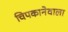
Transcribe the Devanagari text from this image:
चिपकानेवाला